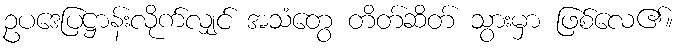
ဥပဒေပြဋ္ဌာန်းလိုက်လျှင် အသံတွေ တိတ်ဆိတ် သွားမှာ ဖြစ်လေ၏။